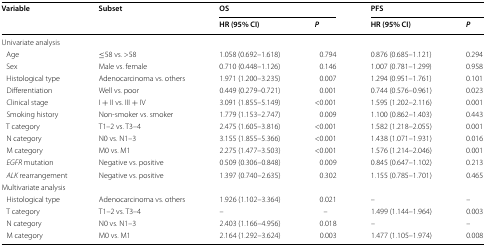
<table><thead><tr><td rowspan="2"><b>Variable</b></td><td rowspan="2"><b>Subset</b></td><td colspan="2"><b>OS</b></td><td colspan="2"><b>PFS</b></td></tr><tr><td><b>HR (95% CI)</b></td><td><b><i>P</i></b></td><td><b>HR (95% CI)</b></td><td><b><i>P</i></b></td></tr></thead><tbody><tr><td colspan="6">Univariate analysis</td></tr><tr><td> Age</td><td>≤58 vs. &gt;58</td><td>1.058 (0.692–1.618)</td><td>0.794</td><td>0.876 (0.685–1.121)</td><td>0.294</td></tr><tr><td> Sex</td><td>Male vs. female</td><td>0.710 (0.448–1.126)</td><td>0.146</td><td>1.007 (0.781–1.299)</td><td>0.958</td></tr><tr><td> Histological type</td><td>Adenocarcinoma vs. others</td><td>1.971 (1.200–3.235)</td><td>0.007</td><td>1.294 (0.951–1.761)</td><td>0.101</td></tr><tr><td> Differentiation</td><td>Well vs. poor</td><td>0.449 (0.279–0.721)</td><td>0.001</td><td>0.744 (0.576–0.961)</td><td>0.023</td></tr><tr><td> Clinical stage</td><td>I + II vs. III + IV</td><td>3.091 (1.855–5.149)</td><td>&lt;0.001</td><td>1.595 (1.202–2.116)</td><td>0.001</td></tr><tr><td> Smoking history</td><td>Non-smoker vs. smoker</td><td>1.779 (1.153–2.747)</td><td>0.009</td><td>1.100 (0.862–1.403)</td><td>0.443</td></tr><tr><td> T category</td><td>T1–2 vs. T3–4</td><td>2.475 (1.605–3.816)</td><td>&lt;0.001</td><td>1.582 (1.218–2.055)</td><td>0.001</td></tr><tr><td> N category</td><td>N0 vs. N1–3</td><td>3.155 (1.855–5.366)</td><td>&lt;0.001</td><td>1.438 (1.071–1.931)</td><td>0.016</td></tr><tr><td> M category</td><td>M0 vs. M1</td><td>2.275 (1.477–3.503)</td><td>&lt;0.001</td><td>1.576 (1.214–2.046)</td><td>0.001</td></tr><tr><td> <i>EGFR</i> mutation</td><td>Negative vs. positive</td><td>0.509 (0.306–0.848)</td><td>0.009</td><td>0.845 (0.647–1.102)</td><td>0.213</td></tr><tr><td> <i>ALK</i> rearrangement</td><td>Negative vs. positive</td><td>1.397 (0.740–2.635)</td><td>0.302</td><td>1.155 (0.785–1.701)</td><td>0.465</td></tr><tr><td colspan="6">Multivariate analysis</td></tr><tr><td> Histological type</td><td>Adenocarcinoma vs. others</td><td>1.926 (1.102–3.364)</td><td>0.021</td><td>–</td><td>–</td></tr><tr><td> T category</td><td>T1–2 vs. T3–4</td><td>–</td><td>–</td><td>1.499 (1.144–1.964)</td><td>0.003</td></tr><tr><td> N category</td><td>N0 vs. N1–3</td><td>2.403 (1.166–4.956)</td><td>0.018</td><td>–</td><td>–</td></tr><tr><td> M category</td><td>M0 vs. M1</td><td>2.164 (1.292–3.624)</td><td>0.003</td><td>1.477 (1.105–1.974)</td><td>0.008</td></tr></tbody></table>